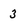
Character: 3